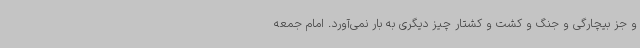
و جز بیچارگی و جنگ و کشت و کشتار چیز دیگری به بار نمی‌آورد. امام جمعه